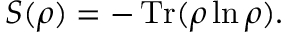
S ( \rho ) = - \operatorname { T r } ( \rho \ln \rho ) .